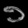
Digit: ၁